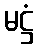
မဋ္ဌံ